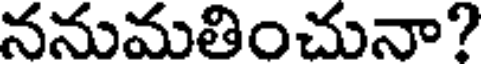
ననుమతించునా?